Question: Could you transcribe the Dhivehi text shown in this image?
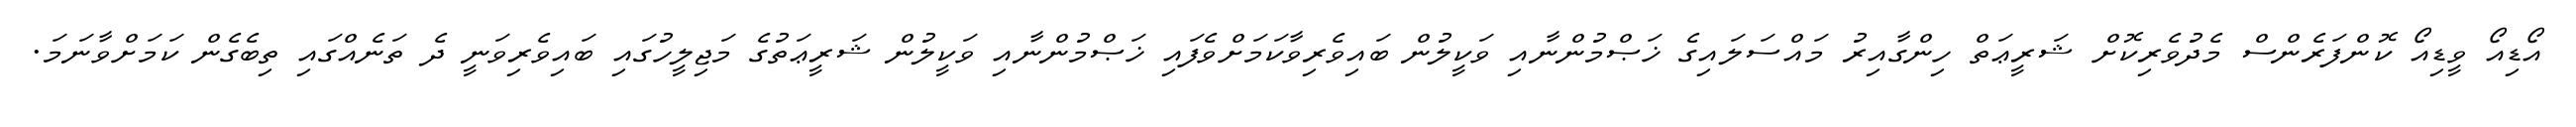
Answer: އޯޑިއޯ ވީޑިއޯ ކޮންފަރެންސް މެދުވެރިކޮށް ޝަރީޢަތް ހިންގާއިރު މައްސަލައިގެ ޚަޞްމުންނާއި ވަކީލުން ބައިވެރިވާކަމަށްވެފައި ޚަޞްމުންނާއި ވަކީލުން ޝަރީޢަތުގެ މަޖިލީހުގައި ބައިވެރިވަނީ ދެ ތަނެއްގައި ތިބެގެން ކަމަށްވާނަމަ.